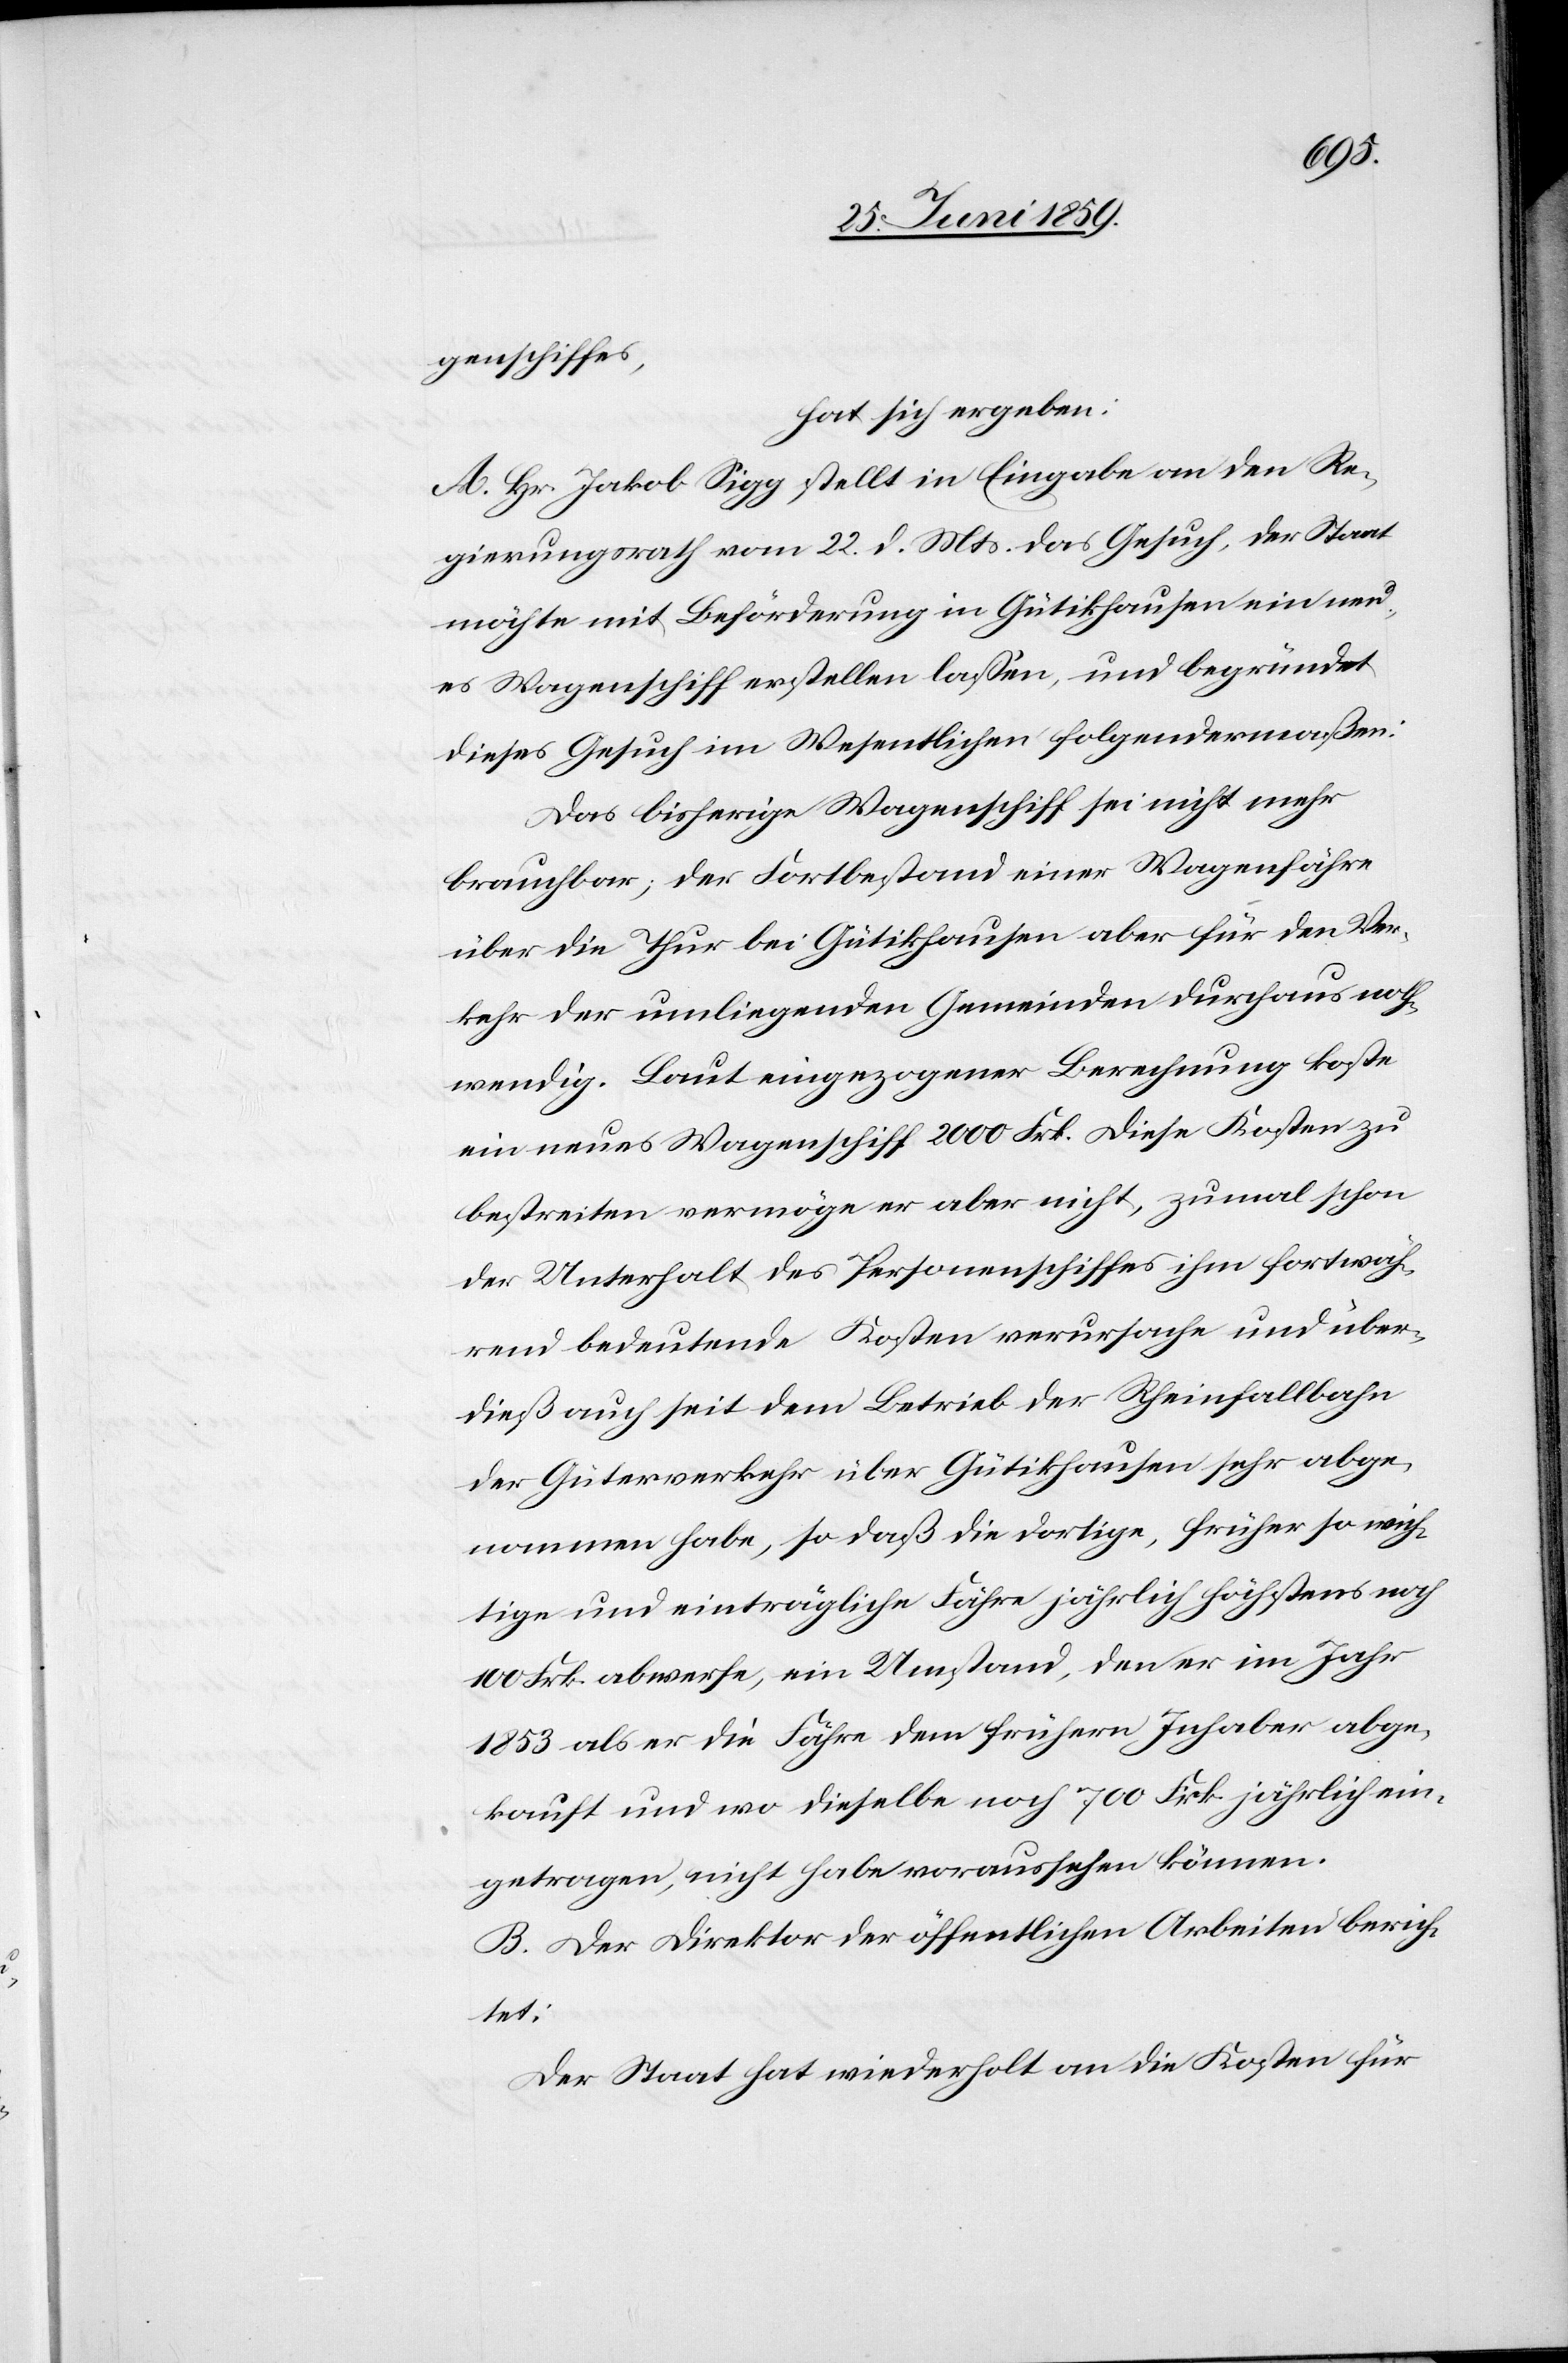
genschiffes,
hat sich ergeben:
A. Hr. Jakob Sigg stellt in Eingabe an den Re¬
gierungsrath vom 22. d. Mts. das Gesuch, der Staat
möchte mit Beförderung in Gütikhausen ein neu¬
es Wagenschiff erstellen lassen, und begründet
dieses Gesuch im Wesentlichen folgendermaßen:
Das bisherige Wagenschiff sei nicht mehr
brauchbar; der Fortbestand einer Wagenfähre
über die Thur bei Gütikhausen aber für den Ver¬
kehr der umliegenden Gemeinden durchaus noth¬
wendig. Laut eingezogener Berechnung koste
ein neues Wagenschiff 2000 Frk. Diese Kosten zu
bestreiten vermöge er aber nicht, zumal schon
der Unterhalt des Personenschiffes ihm fortwäh¬
rend bedeutende Kosten verursache und über¬
dieß auch seit dem Betrieb der Rheinfallbahn
der Güterverkehr über Gütikhausen sehr abge¬
nommen habe, so daß die dortige, früher so wich¬
tige und einträgliche Fähre jährlich höchstens noch
100 Frk. abwerfe, ein Umstand, den er im Jahr
1853 als er die Fähre dem frühern Inhaber abge¬
kauft und wo dieselbe noch 700 Frk jährlich ein¬
getragen, nicht habe voraussehen können.
B. Der Direktor der öffentlichen Arbeiten berich¬
tet:
Der Staat hat wiederholt an die Kosten für